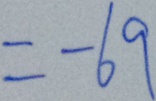
= - 6 9